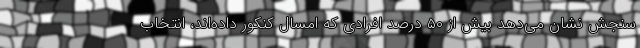
سنجش نشان می‌دهد بیش از ۵۰ درصد افرادی که امسال کنکور داده‌اند، انتخاب